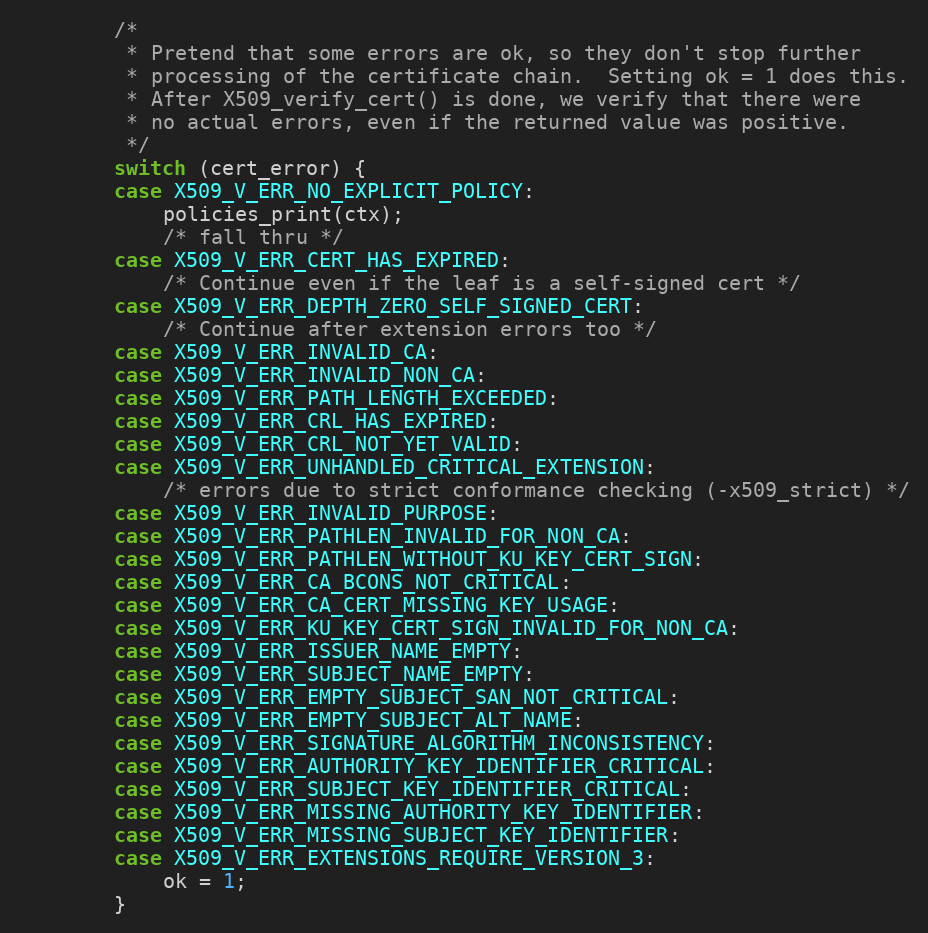
Language: C
        /*
         * Pretend that some errors are ok, so they don't stop further
         * processing of the certificate chain.  Setting ok = 1 does this.
         * After X509_verify_cert() is done, we verify that there were
         * no actual errors, even if the returned value was positive.
         */
        switch (cert_error) {
        case X509_V_ERR_NO_EXPLICIT_POLICY:
            policies_print(ctx);
            /* fall thru */
        case X509_V_ERR_CERT_HAS_EXPIRED:
            /* Continue even if the leaf is a self-signed cert */
        case X509_V_ERR_DEPTH_ZERO_SELF_SIGNED_CERT:
            /* Continue after extension errors too */
        case X509_V_ERR_INVALID_CA:
        case X509_V_ERR_INVALID_NON_CA:
        case X509_V_ERR_PATH_LENGTH_EXCEEDED:
        case X509_V_ERR_CRL_HAS_EXPIRED:
        case X509_V_ERR_CRL_NOT_YET_VALID:
        case X509_V_ERR_UNHANDLED_CRITICAL_EXTENSION:
            /* errors due to strict conformance checking (-x509_strict) */
        case X509_V_ERR_INVALID_PURPOSE:
        case X509_V_ERR_PATHLEN_INVALID_FOR_NON_CA:
        case X509_V_ERR_PATHLEN_WITHOUT_KU_KEY_CERT_SIGN:
        case X509_V_ERR_CA_BCONS_NOT_CRITICAL:
        case X509_V_ERR_CA_CERT_MISSING_KEY_USAGE:
        case X509_V_ERR_KU_KEY_CERT_SIGN_INVALID_FOR_NON_CA:
        case X509_V_ERR_ISSUER_NAME_EMPTY:
        case X509_V_ERR_SUBJECT_NAME_EMPTY:
        case X509_V_ERR_EMPTY_SUBJECT_SAN_NOT_CRITICAL:
        case X509_V_ERR_EMPTY_SUBJECT_ALT_NAME:
        case X509_V_ERR_SIGNATURE_ALGORITHM_INCONSISTENCY:
        case X509_V_ERR_AUTHORITY_KEY_IDENTIFIER_CRITICAL:
        case X509_V_ERR_SUBJECT_KEY_IDENTIFIER_CRITICAL:
        case X509_V_ERR_MISSING_AUTHORITY_KEY_IDENTIFIER:
        case X509_V_ERR_MISSING_SUBJECT_KEY_IDENTIFIER:
        case X509_V_ERR_EXTENSIONS_REQUIRE_VERSION_3:
            ok = 1;
        }